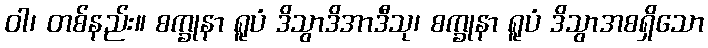
ဝါ၊ တစ်နည်း။ စက္ခုနာ ရူပံ ဒိသွာဒိအာဒီသု၊ စက္ခုနာ ရူပံ ဒိသွာအစရှိသော